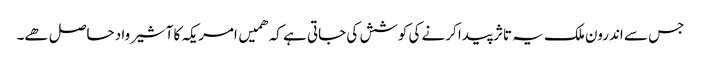
جس سے اندرون ملک یہ تاثر پیدا کرنے کی کوشش کی جاتی ہے کہ ھمیں امریکہ کا آشیرواد حاصل ھے۔